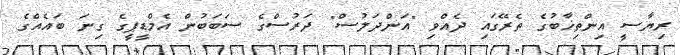
ރިޔާސީ އިންތިޚާބުގެ ތެރޭގައި ދެއްވި "އަންދަލުސް" ދަރުސްގެ ސަބަބުން އެމްޑީޕީގެ ގިނަ ބައެއްގެ